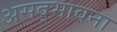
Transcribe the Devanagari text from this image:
असद्‍भावना